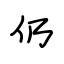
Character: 仍